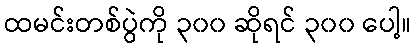
ထမင်းတစ်ပွဲကို ၃၀၀ ဆိုရင် ၃၀၀ ပေါ့။